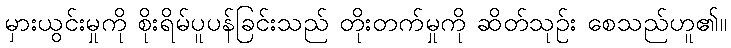
မှားယွင်းမှုကို စိုးရိမ်ပူပန်ခြင်းသည် တိုးတက်မှုကို ဆိတ်သုဉ်း စေသည်ဟူ၏။